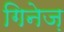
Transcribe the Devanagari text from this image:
गिनेज़